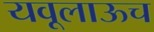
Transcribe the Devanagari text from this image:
यवूलाऊच